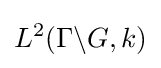
L^{2}(\Gamma \backslash G,k)